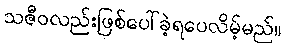
သဇီဝလည်းဖြစ်ပေါ်ခဲ့ရပေလိမ့်မည်။